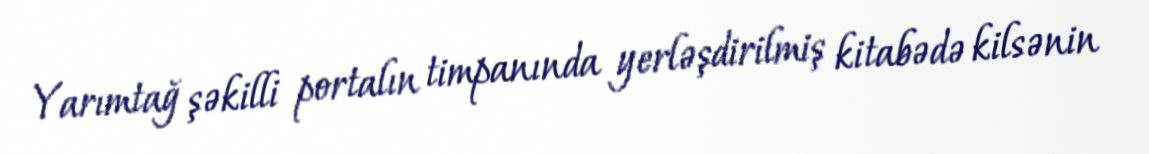
Yarımtağ şəkilli portalın timpanında yerləşdirilmiş kitabədə kilsənin